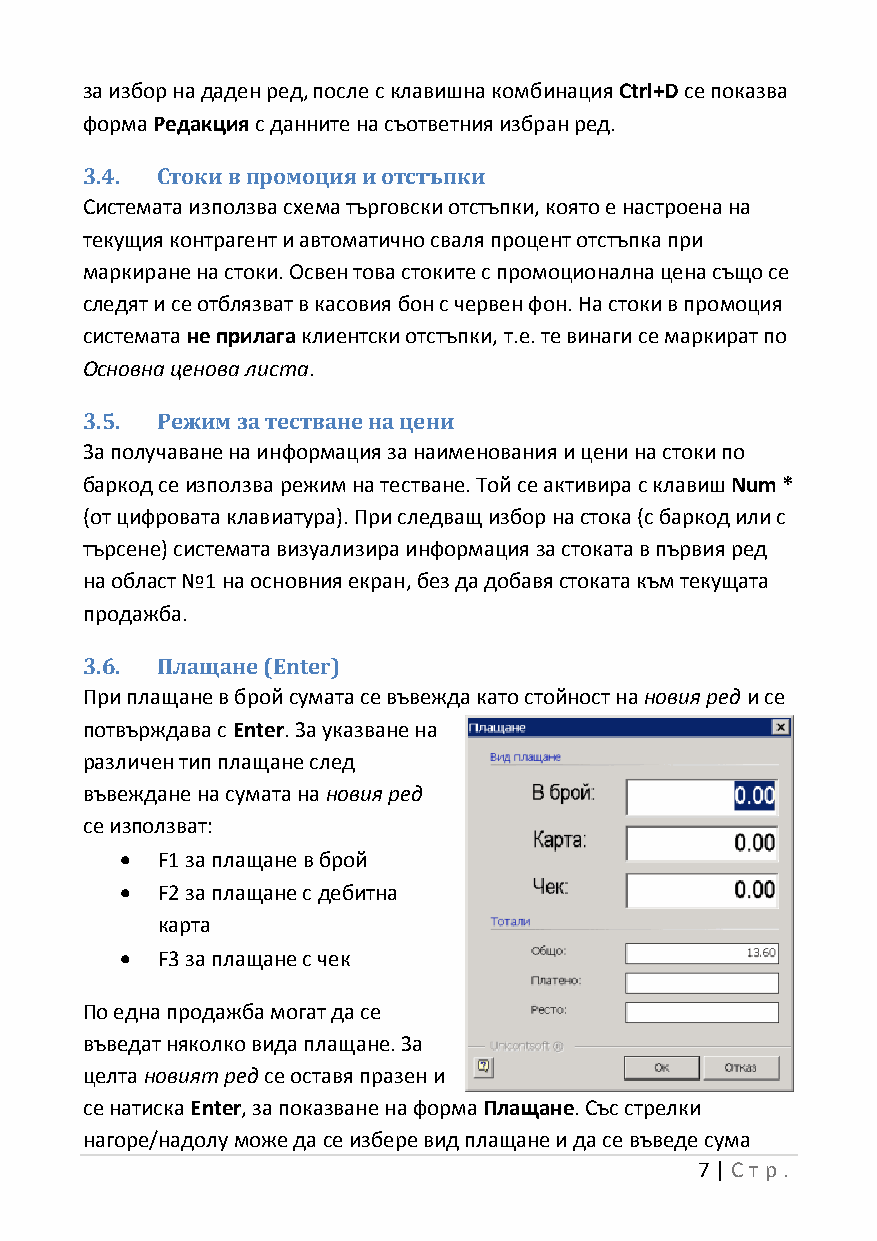
за избор на даден ред, после с клавишна комбинация Ctrl+D се показва
 форма Редакция с данните на съответния избран ред.
 3.4. Стоки в промоция и отстъпки
 Системата използва схема търговски отстъпки, която е настроена на
 текущия контрагент и автоматично сваля процент отстъпка при
 маркиране на стоки. Освен това стоките с промоционална цена също се
 следят и се отблязват в касовия бон с червен фон. На стоки в промоция
 системата не прилага клиентски отстъпки, т.е. те винаги се маркират по
 Основна ценова листа.
 3.5. Режим за тестване на цени
 За получаване на информация за наименования и цени на стоки по
 баркод се използва режим на тестване. Той се активира с клавиш Num *
 (от цифровата клавиатура). При следващ избор на стока (с баркод или с
 търсене) системата визуализира информация за стоката в първия ред
 на област №1 на основния екран, без да добавя стоката към текущата
 продажба.
 3.6. Плащане (Enter)
 При плащане в брой сумата се въвежда като стойност на новия ред и се
 потвърждава с Enter. За указване на
 различен тип плащане след
 въвеждане на сумата на новия ред
 се използват:
  F1 за плащане в брой
  F2 за плащане с дебитна
 карта
  F3 за плащане с чек
 По една продажба могат да се
 въведат няколко вида плащане. За
 целта новият ред се оставя празен и
 се натиска Enter, за показване на форма Плащане. Със стрелки
 нагоре/надолу може да се избере вид плащане и да се въведе сума
 7 | Ст р.